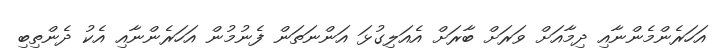
އަހަރެންމެންނާއި ދިމާއަށް ވަރަށް ބާރަށް އެއަލިގުޅަ އަންނަތަން ފެނުމުން އަހަރެންނާއި އެކު ދެންތިބި